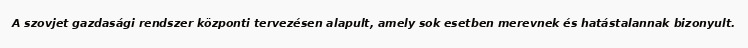
A szovjet gazdasági rendszer központi tervezésen alapult, amely sok esetben merevnek és hatástalannak bizonyult.